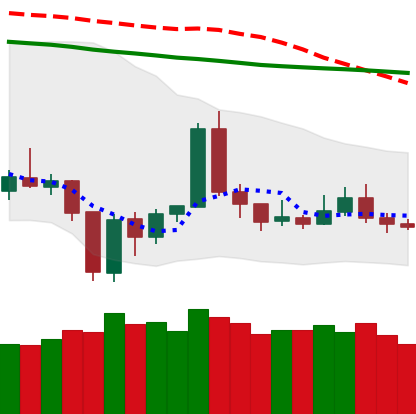
Ticker: TRX-USD
Chart end date: 2020-01-01
Forward return: 9.796%
Label: up_7plus